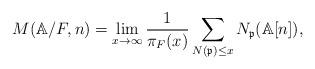
LaTeX: \begin{align*}M(\mathbb{A}/F, n)=\lim_{x\rightarrow \infty} \frac{1}{\pi_F(x)} \sum_{N(\mathfrak{p}) \leq x} N_{\mathfrak{p}}(\mathbb{A}[n]),\end{align*}